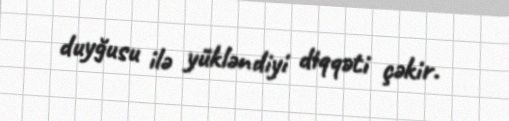
duyğusu ilə yükləndiyi diqqəti çəkir.